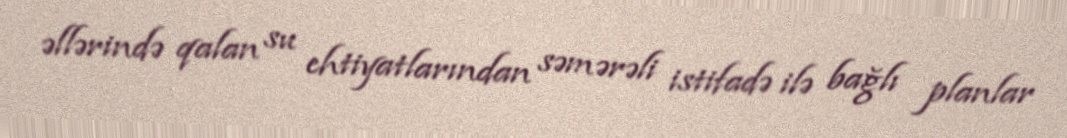
əllərində qalan su ehtiyatlarından səmərəli istifadə ilə bağlı planlar